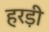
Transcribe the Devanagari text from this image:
हरड़ी